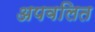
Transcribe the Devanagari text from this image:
अपवलित